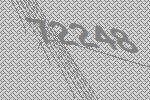
72248